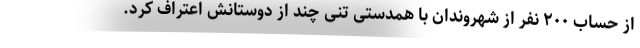
از حساب ۲۰۰ نفر از شهروندان با همدستی تنی چند از دوستانش اعتراف کرد.